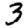
Digit: 3